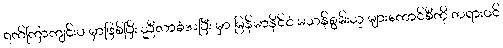
ရက်ကြာကျင်းပ မှာဖြစ်ပြီး ညီလာခံအပြီး မှာ မြန်မာနိုင်ငံ မသန်စွမ်းသူ များကောင်စီကို တရားဝင်